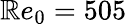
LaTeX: \mathbb{R}e_{0}=505